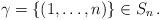
LaTeX: \begin{align*}\gamma=\{(1,\ldots,n)\}\in S_n\,.\end{align*}